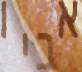
אביו